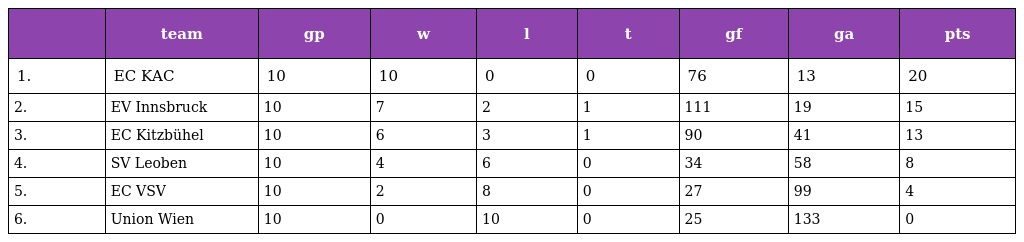
|  | team | gp | w | l | t | gf | ga | pts |
 | --- | --- | --- | --- | --- | --- | --- | --- | --- |
 | 1. | EC KAC | 10 | 10 | 0 | 0 | 76 | 13 | 20 |
 | 2. | EV Innsbruck | 10 | 7 | 2 | 1 | 111 | 19 | 15 |
 | 3. | EC Kitzbühel | 10 | 6 | 3 | 1 | 90 | 41 | 13 |
 | 4. | SV Leoben | 10 | 4 | 6 | 0 | 34 | 58 | 8 |
 | 5. | EC VSV | 10 | 2 | 8 | 0 | 27 | 99 | 4 |
 | 6. | Union Wien | 10 | 0 | 10 | 0 | 25 | 133 | 0 |